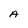
Character: A